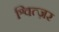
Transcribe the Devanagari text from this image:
श्वित्ज़र